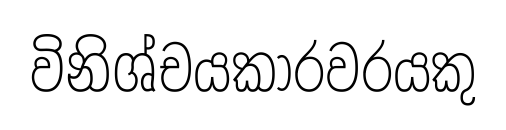
විනිශ්චයකාරවරයකු